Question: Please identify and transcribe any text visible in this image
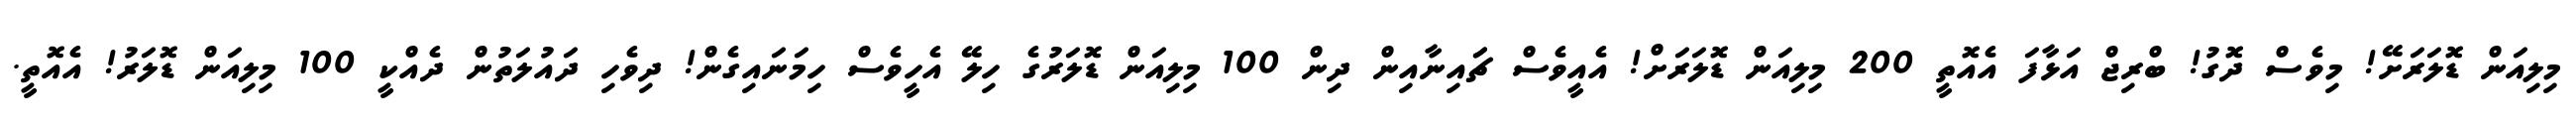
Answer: މިލިއަން ޑޮލަރަށޭ! މިވެސް ދޮގު! ބްރިޖް އަޅާފަ އެއޮތީ 200 މިލިއަން ޑޮލަރަށް! އެއީވެސް ޗަައިނާއިން ދިން 100 މިލިއަން ޑޮލަރުގެ ހިލޭ އެހީވެސް ހިމަނައިގެން! ދިވެހި ދައުލަތުން ދެއްކީ 100 މިލިއަން ޑޮލަރު! އެއޮތީ.